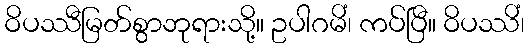
ဝိပဿီမြတ်စွာဘုရားသို့။ ဥပါဂမိံ၊ ကပ်ပြီ။ ဝိပဿိံ၊